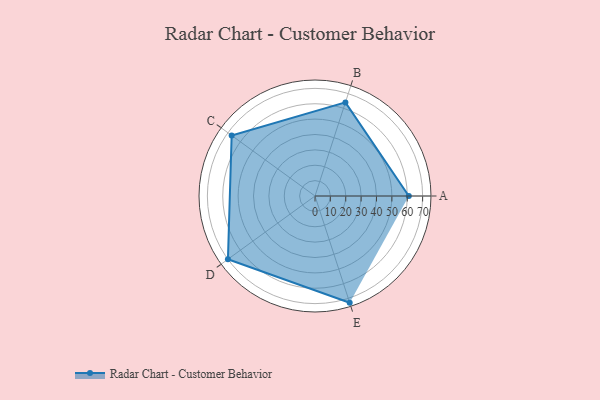
{"axis": {"x": "Skill", "y": "Score"}, "legend": ["Profile"], "data": [{"x": "A", "y": 61.0, "type": "Profile"}, {"x": "B", "y": 64.0, "type": "Profile"}, {"x": "C", "y": 67.0, "type": "Profile"}, {"x": "D", "y": 70.0, "type": "Profile"}, {"x": "E", "y": 73.0, "type": "Profile"}]}